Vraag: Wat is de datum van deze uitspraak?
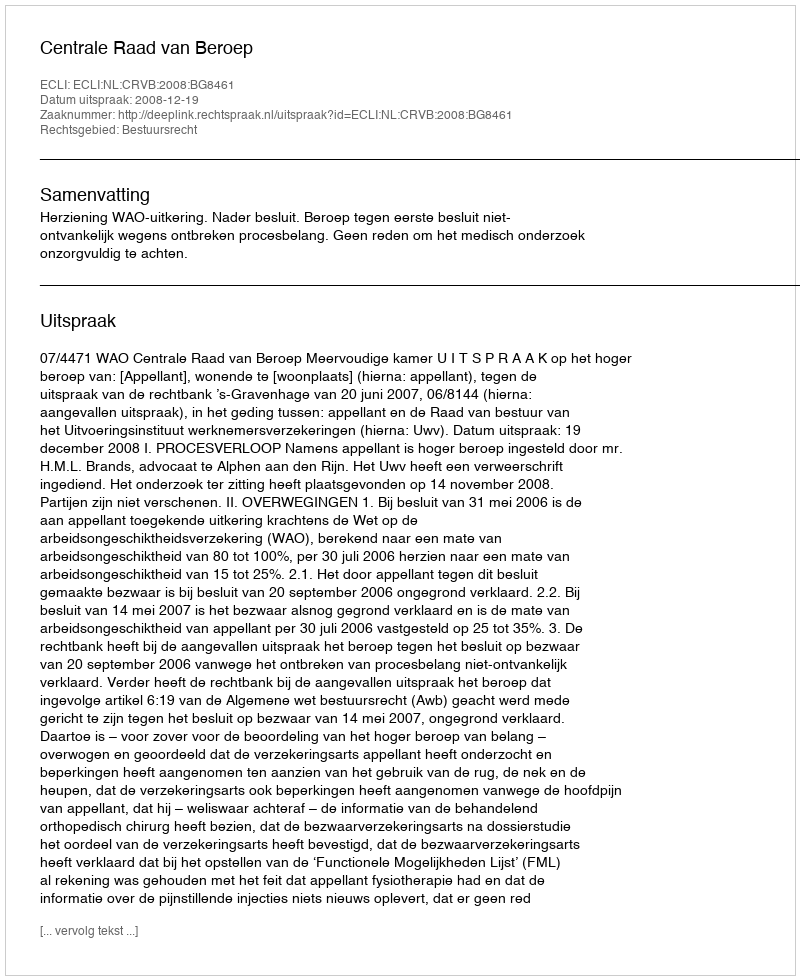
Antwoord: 2008-12-19